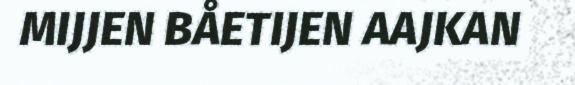
MIJJEN BÅETIJEN AAJKAN